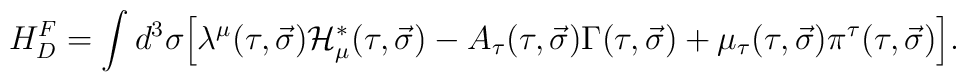
H^F_D=\int{d^3\sigma \Big[\lambda^\mu (\tau, \vec{\sigma}){\cal H}^\ast_\mu(\tau, \vec{\sigma}) - A_{\tau}(\tau, \vec{\sigma})\Gamma (\tau, \vec{\sigma})  + \mu_\tau (\tau, \vec{\sigma})  \pi^\tau (\tau, \vec{\sigma})   \Big] } .